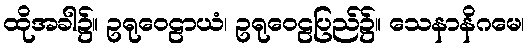
ထိုအခါ၌။ ဥရုဝေဠာယံ၊ ဥရုဝေဠပြည်၌။ သေနာနိဂမေ၊